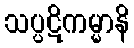
သပ္ပဋိကမ္မာနိ